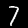
Label: 7